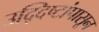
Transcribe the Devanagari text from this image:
उद्दिष्टांपासून